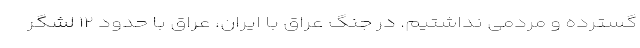
گسترده و مردمی نداشتیم. در جنگ عراق با ایران، عراق با حدود ۱۲ لشگر